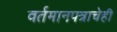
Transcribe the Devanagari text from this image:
वर्तमानपत्राचेही